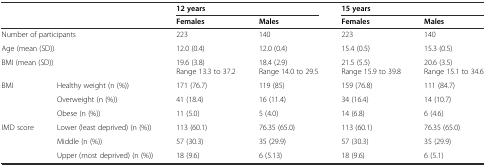
<table><thead><tr><td rowspan="2" colspan="2"></td><td colspan="2"><b>12 years</b></td><td colspan="2"><b>15 years</b></td></tr><tr><td><b>Females</b></td><td><b>Males</b></td><td><b>Females</b></td><td><b>Males</b></td></tr></thead><tbody><tr><td colspan="2">Number of participants</td><td>223</td><td>140</td><td>223</td><td>140</td></tr><tr><td colspan="2">Age (mean (SD))</td><td>12.0 (0.4)</td><td>12.0 (0.4)</td><td>15.4 (0.5)</td><td>15.3 (0.5)</td></tr><tr><td colspan="2">BMI (mean (SD))</td><td>19.6 (3.8) Range 13.3 to 37.2</td><td>18.4 (2.9) Range 14.0 to 29.5</td><td>21.5 (5.5) Range 15.9 to 39.8</td><td>20.6 (3.5) Range 15.1 to 34.6</td></tr><tr><td rowspan="3">BMI</td><td>Healthy weight (n (%))</td><td>171 (76.7)</td><td>119 (85)</td><td>159 (76.8)</td><td>111 (84.7)</td></tr><tr><td>Overweight (n (%))</td><td>41 (18.4)</td><td>16 (11.4)</td><td>34 (16.4)</td><td>14 (10.7)</td></tr><tr><td>Obese (n (%))</td><td>11 (5.0)</td><td>5 (4.0)</td><td>14 (6.8)</td><td>6 (4.6)</td></tr><tr><td rowspan="3">IMD score</td><td>Lower (least deprived) (n (%))</td><td>113 (60.1)</td><td>76.35 (65.0)</td><td>113 (60.1)</td><td>76.35 (65.0)</td></tr><tr><td>Middle (n (%))</td><td>57 (30.3)</td><td>35 (29.9)</td><td>57 (30.3)</td><td>35 (29.9)</td></tr><tr><td>Upper (most deprived) (n (%))</td><td>18 (9.6)</td><td>6 (5.13)</td><td>18 (9.6)</td><td>6 (5.1)</td></tr></tbody></table>